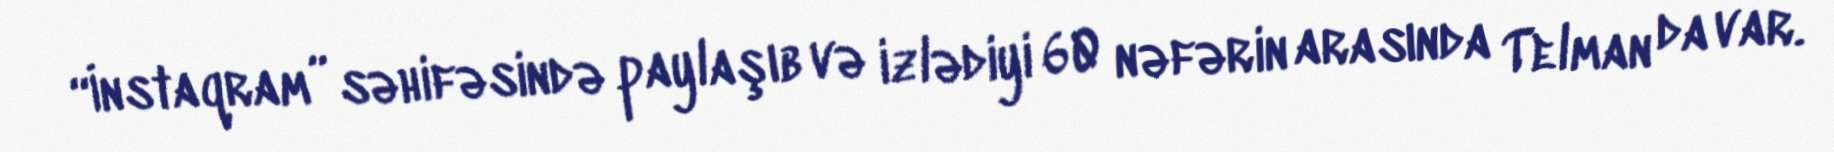
“İnstaqram” səhifəsində paylaşıb və izlədiyi 60 nəfərin arasında Telman da var.